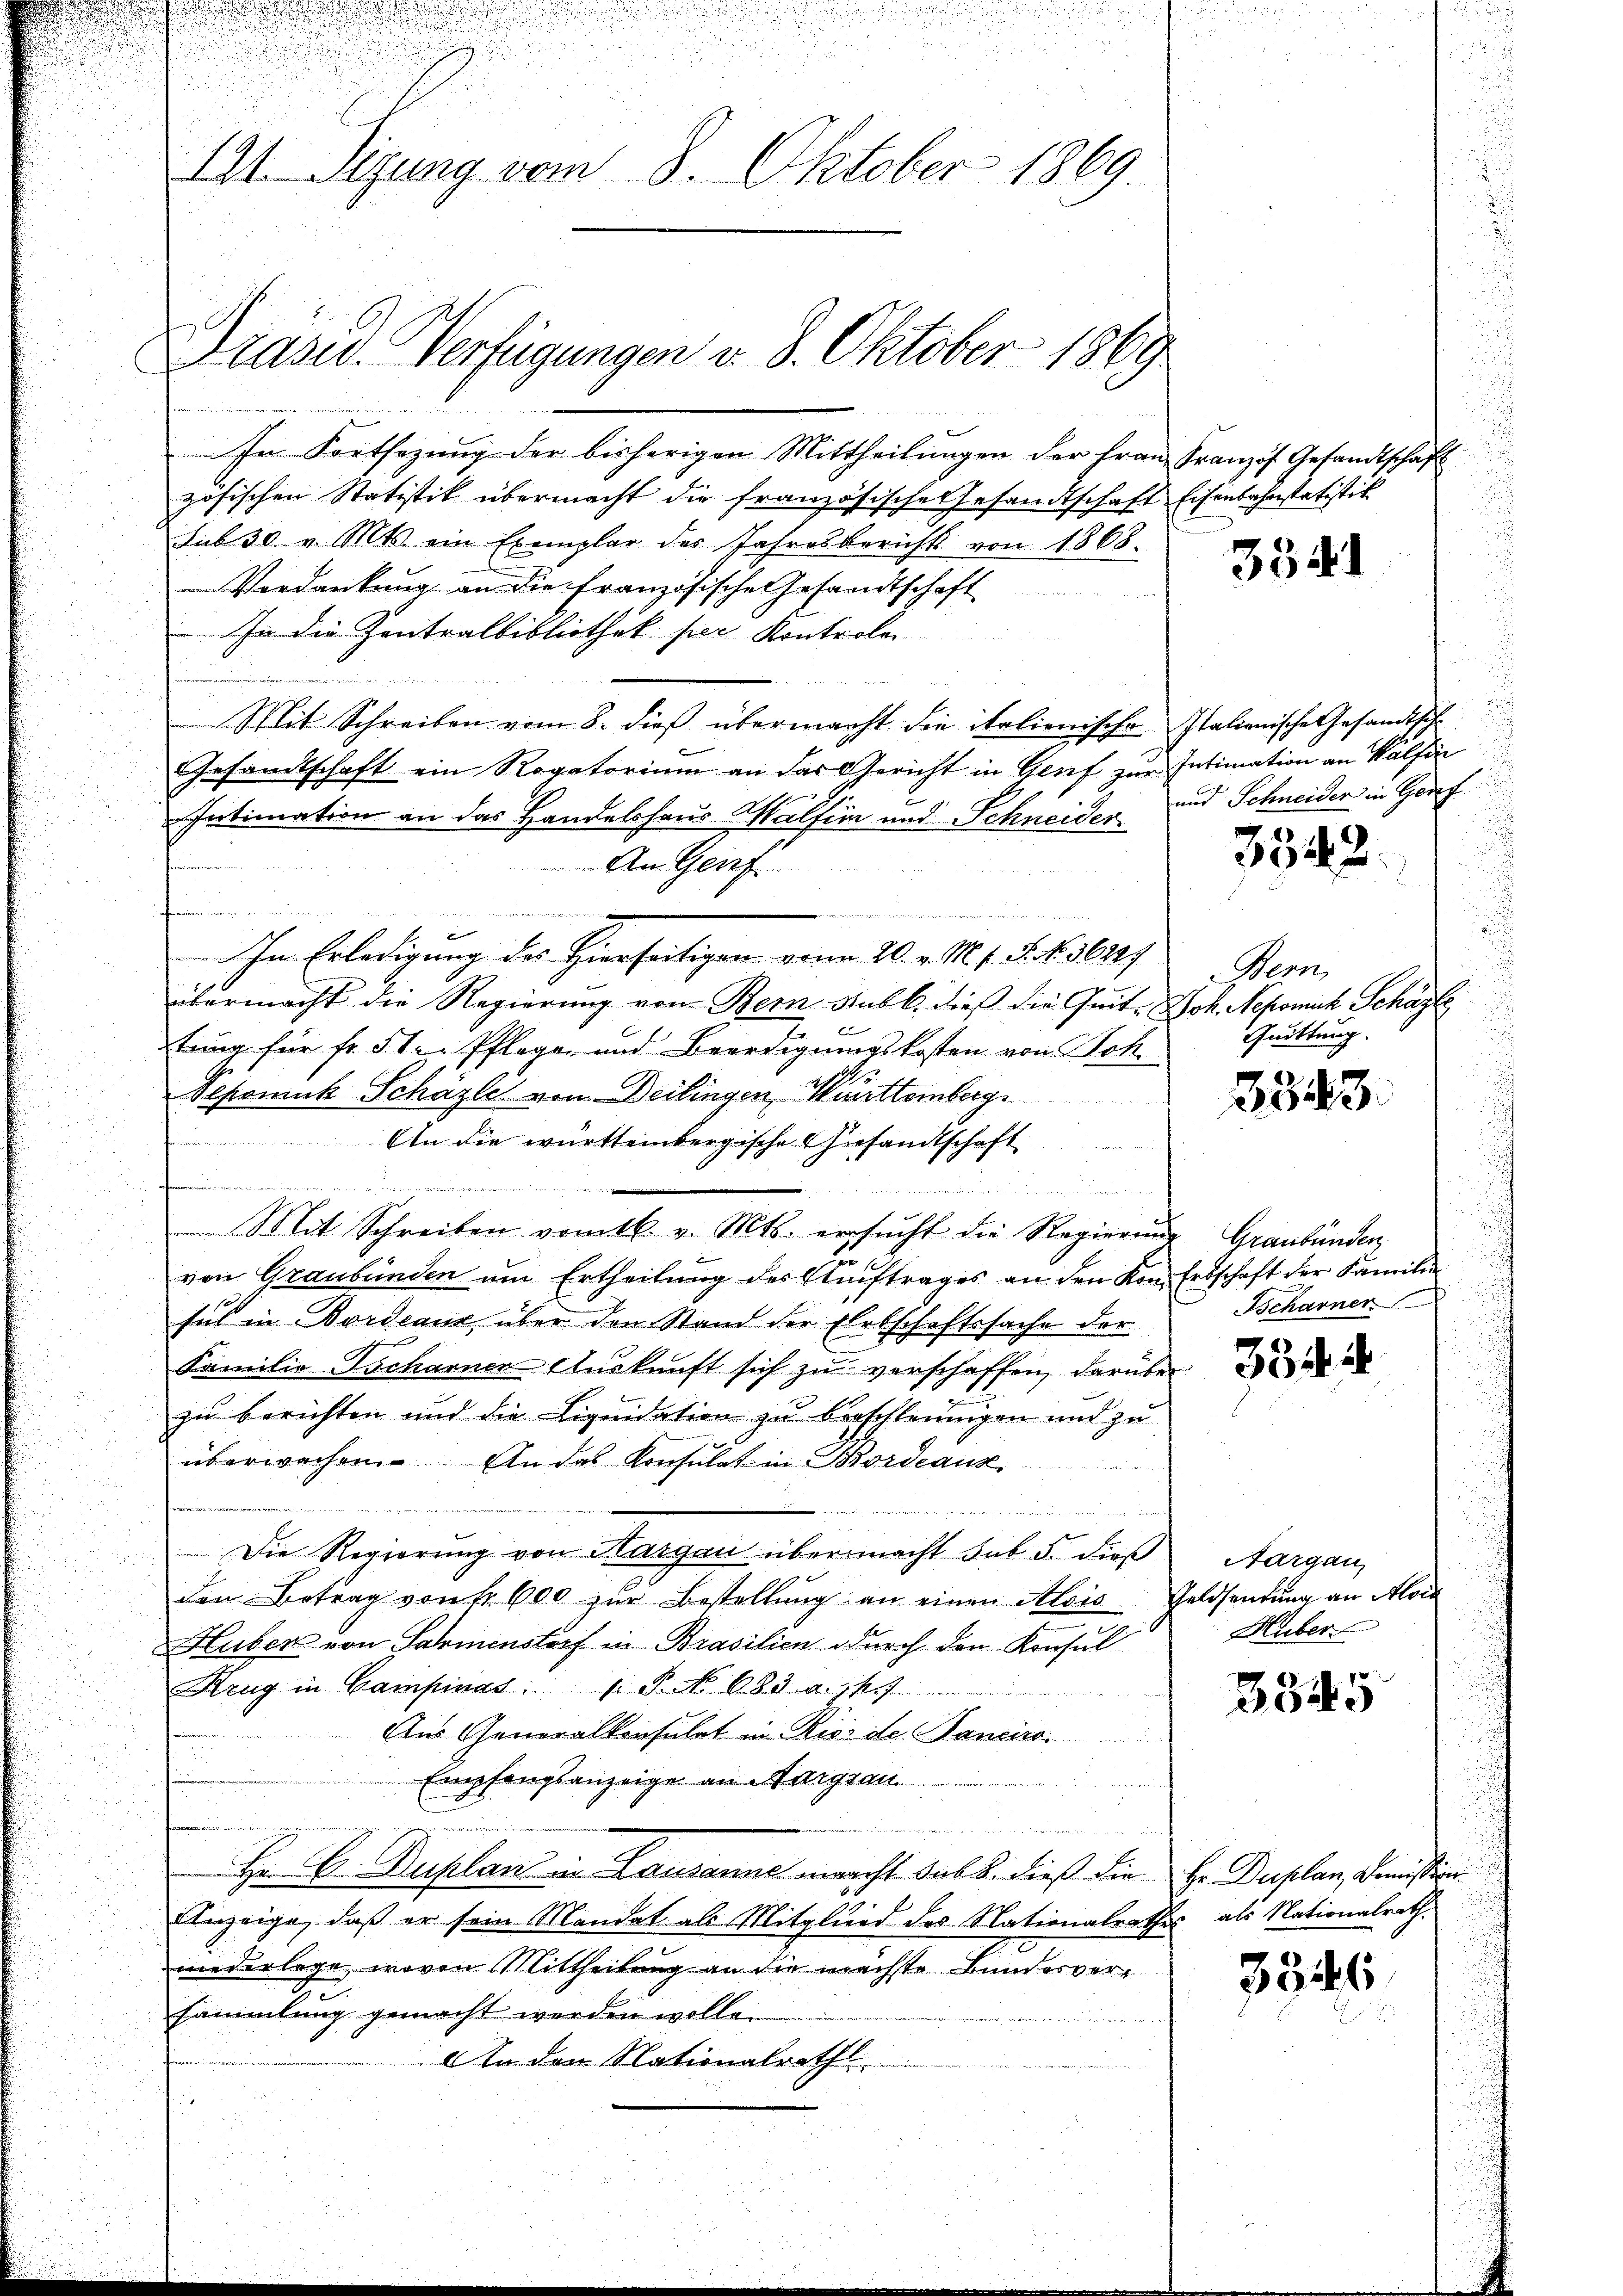
u
u

191. Sizung vom 3. Oktober 1869

Prasis. Verfügungen v. 8. Oktober 1869

In Fortsezung der bisherigen Mittheilungen der Frau Französ. Gesandtschaft
zösischen Statistik übermacht die französische Gesandtschaft Eisenbahnstatistik
sub 30 v. Mts. ein Exemplar des Jahresberichts von 1868.
Verdankung an die französische Gesandtschaft
In die Zentralbibliothek per Kontroler
Mit Schreiben vom 8. dieß übermacht die italienische Italienische Gesandtsch
Gesandtschaft ein Rogatorium an das Gericht in Genf zur Intimation an Walfin
Intimation an das Handelshaus Walfen und Schneider und Schneider in Ger
fre
e
In Erledigung des Hierseitigen vom 20. v. M. v. J. N. 36327
übermacht die Regierung von Bern Rabl. dieß die Quit. Joh. Nepomuk Schäzte,
E
tung für fr. 5 te Pflege und Beerdigungskosten von Joh
.
Pepomuck Schäzle von Deilingen, Munitteinberg

An die württembergische Gesandtschaft
f
d
u
n
Mit Schreiben vom 16. v. Mts. ersŭcht die Regierung Graubünden
E
von Graubünden um Ertheilung des Auftrages an den Kon. Erbschaft der Familien
sich in Bordeaus über den Stand der Erbschaftssache der

A
Familie Ascharner Auskunft sich zu verschaffen, darüber
zu berichten und die Liquidation zu verschleunigen und zu
überwachen. An das Konsulat in Bordeaux.
Die Regierung von Aargau übermacht sub 5. dieß
den Betrag von fr. 600 zŭr Bestellŭng an einen Alois Geldsendŭng an Alois
Huber von Samenstorf in Brasilien durch den Konsul
Krug in Campinas. 1. P. No 683. a. 17
Aus Generalkonsulat in Rior de Canciro.
Empfangsanzeige an Aargau.
Hr. C. Duplan in Lausanne mancht sub b. dieß die Hr. Duplan, Dimistigen
Anzeige, daß er sein Mandat als Mitglied des Nationalrathes, als Nationalrath,
niederlege, wovon Mittheilung an die nächste Bundesversammlung gemacht werden wolle.
An den Nationalrath

An Genf

3541

3342.

Bern,
Quittung.

3543.

Scharner

354. 4

Aargau,
Huber

3345

3346